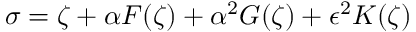
\sigma = \zeta + \alpha F ( \zeta ) + \alpha ^ { 2 } G ( \zeta ) + \epsilon ^ { 2 } K ( \zeta ) \,